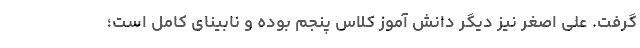
گرفت. علی اصغر نیز دیگر دانش آموز کلاس پنجم بوده و نابینای کامل است؛